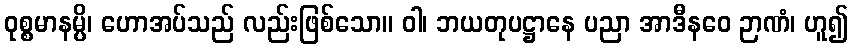
ဝုစ္စမာနမ္ပိ၊ ဟောအပ်သည် လည်းဖြစ်သော။ ဝါ၊ ဘယတုပဋ္ဌာနေ ပညာ အာဒီနဝေ ဉာဏံ၊ ဟူ၍